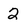
Character: 2